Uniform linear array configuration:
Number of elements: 48
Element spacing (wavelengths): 0.5
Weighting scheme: cosine
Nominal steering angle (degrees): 30
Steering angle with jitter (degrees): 29.503
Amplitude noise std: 0.05
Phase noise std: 0.05

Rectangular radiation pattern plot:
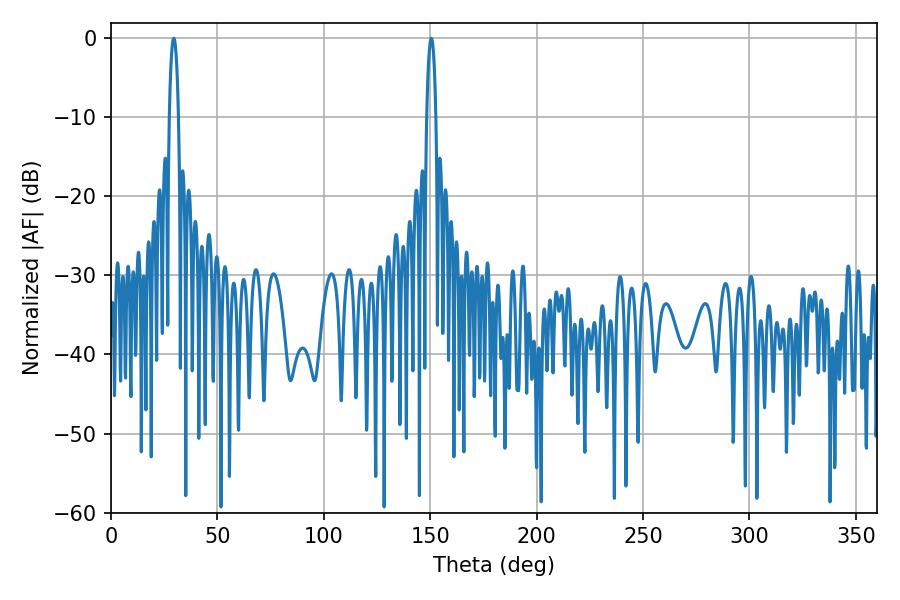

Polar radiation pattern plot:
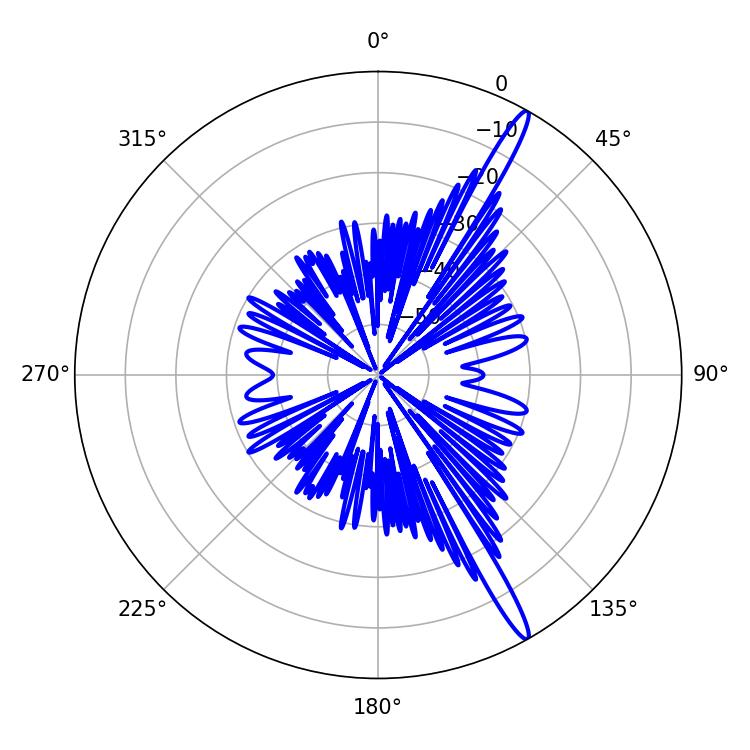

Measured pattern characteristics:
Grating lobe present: FALSE
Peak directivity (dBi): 16.249
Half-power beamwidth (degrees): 2.52
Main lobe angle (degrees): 29.52